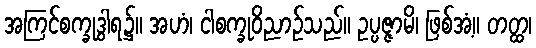
အကြင်စက္ခုဒွါရ၌။ အဟံ၊ ငါစက္ခုဝိညာဉ်သည်။ ဥပ္ပဇ္ဇာမိ၊ ဖြစ်အံ့။ တတ္ထ၊